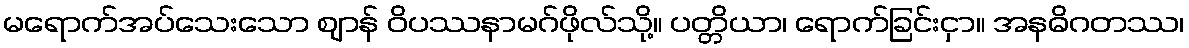
မရောက်အပ်သေးသော ဈာန် ဝိပဿနာမဂ်ဖိုလ်သို့။ ပတ္တိယာ၊ ရောက်ခြင်းငှာ။ အနဓိဂတဿ၊